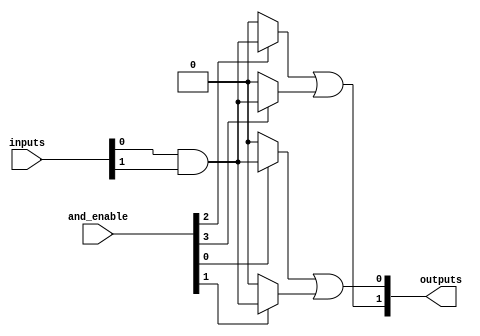
module SPAL #(
    parameter NUM_INPUTS = 8,      // Number of inputs
    parameter NUM_AND_GATES = 4,    // Number of AND gates
    parameter NUM_OR_GATES = 2       // Number of OR gates
)(
    input wire [NUM_INPUTS-1:0] inputs, // Input signals
    input wire [NUM_AND_GATES-1:0] and_enable, // Control signals for AND gates
    output wire [NUM_OR_GATES-1:0] outputs // Output signals
);

// Internal wires for product terms from AND gates
wire [NUM_AND_GATES-1:0] product_terms [NUM_INPUTS-1:0];

// Programmable AND array
genvar i, j;
generate
    for (i = 0; i < NUM_AND_GATES; i = i + 1) begin : and_gate
        assign product_terms[i] = (and_enable[i]) ? (inputs[0] & inputs[1]) : 1'b0; // Example: AND of inputs[0] and inputs[1]
        // Extend this logic to include more inputs as needed
    end
endgenerate

// Fixed OR array
assign outputs[0] = product_terms[0] | product_terms[1]; // OR gate 1
assign outputs[1] = product_terms[2] | product_terms[3]; // OR gate 2

endmodule